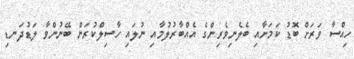
ހިއްސާ ވަރަށް ބޮޑު ކަމަށާއި ބެލެނިވެރިންގެ އެއްބާރުލުމާއި ނުލައި ހާސިލްކުރަން ބޭނުންވާ ލަޑުދަނޑި